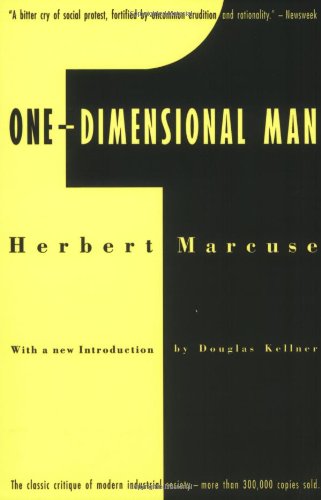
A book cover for One-Dimensional Man: Studies in the Ideology of Advanced Industrial Society, 2nd Edition; Herbert Marcuse; Politics & Social Sciences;